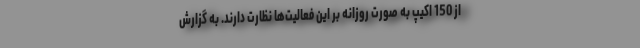
از 150 اکیپ به صورت روزانه بر این فعالیت‌ها نظارت دارند. به گزارش